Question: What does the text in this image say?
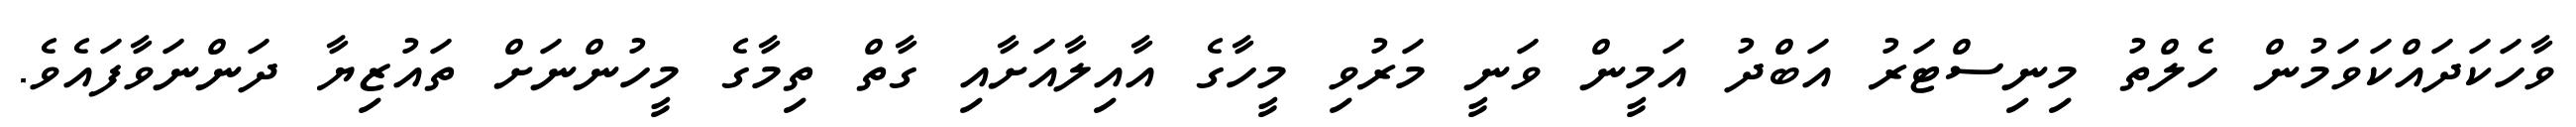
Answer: ވާހަކަދައްކަވަމުން ހެލްތު މިނިސްޓަރު އަބްދު އަމީން ވަނީ މަރުވި މީހާގެ އާއިލާއަށާއި ގާތް ތިމާގެ މީހުންނަށް ތައުޒިޔާ ދަންނަވާފައެވެ.